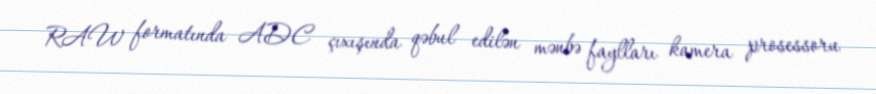
RAW formatında ADC çıxışında qəbul edilən mənbə faylları kamera prosessoru